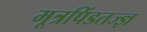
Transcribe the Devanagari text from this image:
मूत्रपिंडतज्‍ज्ञ